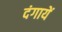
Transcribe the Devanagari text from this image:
दंगायें